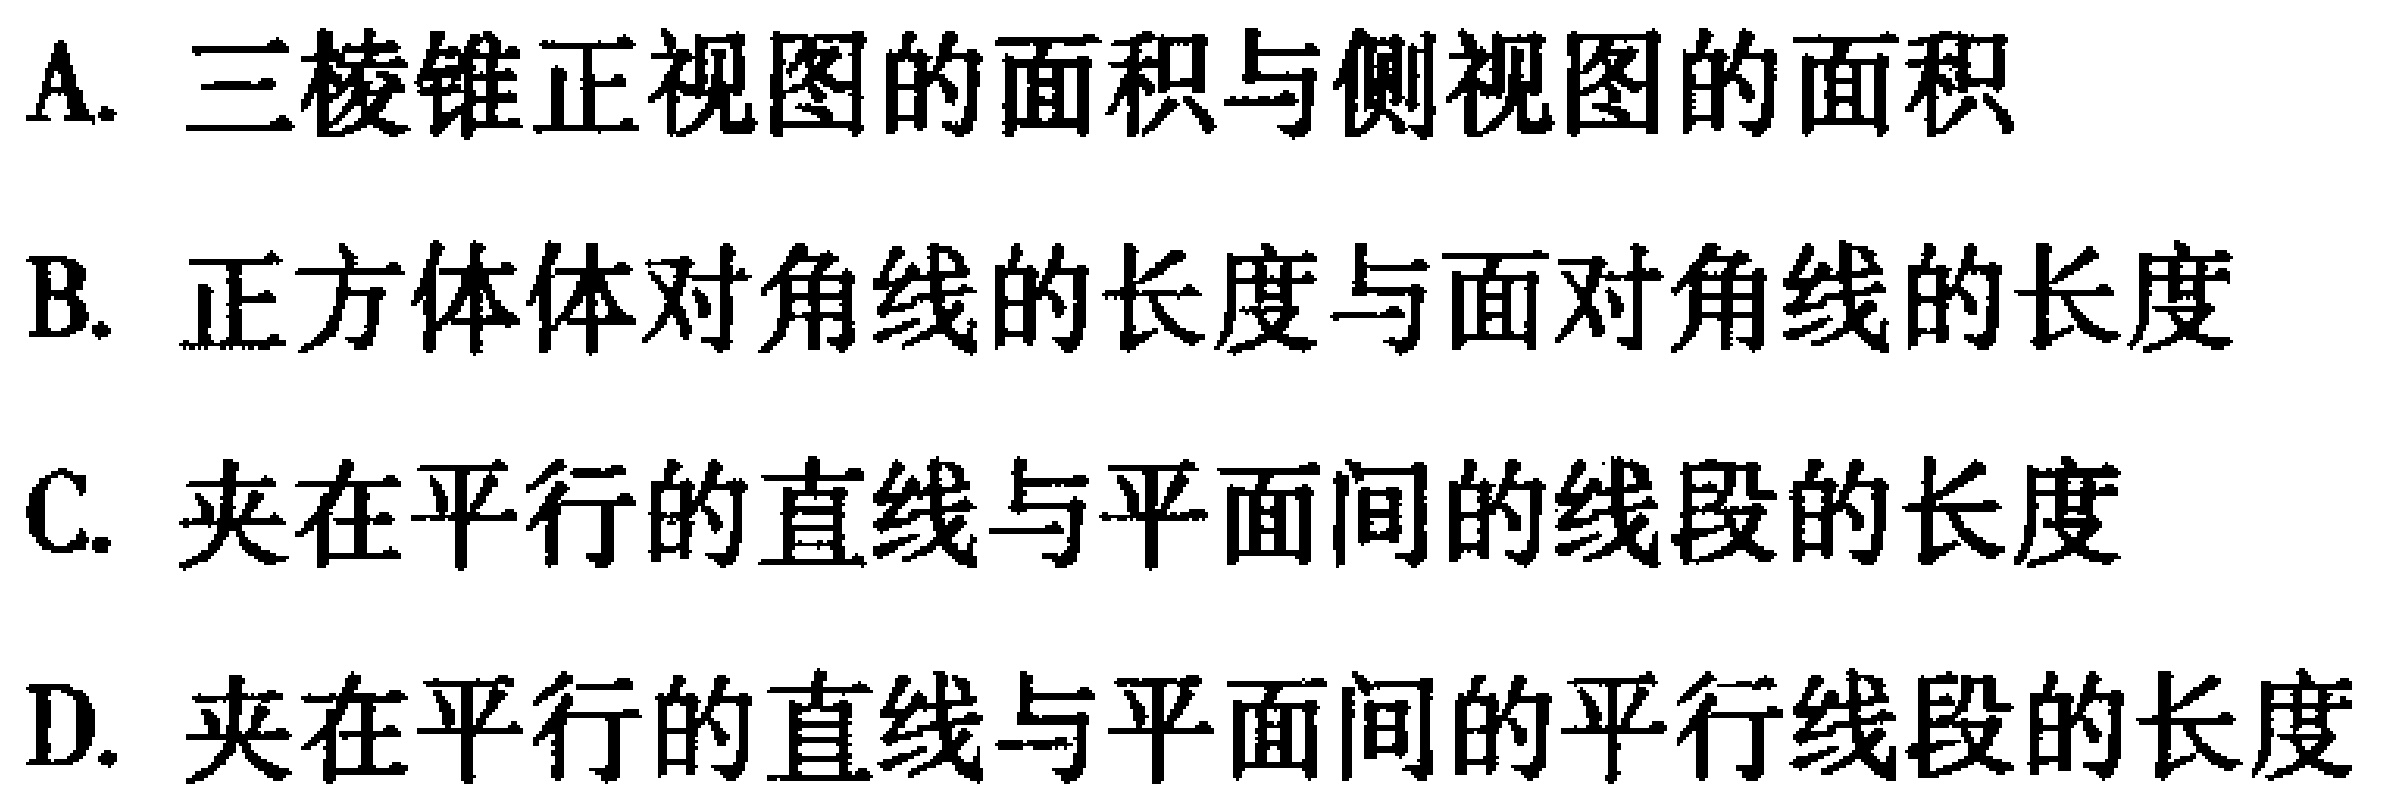
A. 三棱锥正视图的面积与侧视图的面积
B. 正方体体对角线的长度与面对角线的长度
C. 夹在平行的直线与平面间的线段的长度
D. 夹在平行的直线与平面间的平行线段的长度